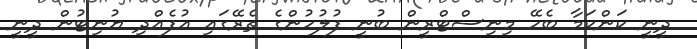
ދީނީ ކަންކަމާ ބެހޭ މިނިސްޓްރީން ބުނީ ފުލުހުންގެ ތެރޭގައި އުފެއްދި ޔުނިޓުން ދީނީ